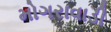
મોગરાવાડી